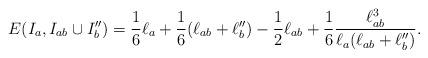
LaTeX: \begin{align*}E(I_{a},I_{ab}\cup I''_{b}) = \frac16 \ell_{a} + \frac16 (\ell_{ab}+\ell''_{b}) - \frac12\ell_{ab} +\frac16 \frac{\ell_{ab}^3}{\ell_{a}(\ell_{ab}+\ell''_{b})}.\end{align*}